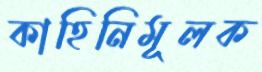
কাহিনিমূলক